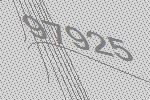
97925